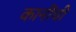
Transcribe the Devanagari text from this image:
कानींची